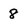
Character: 8